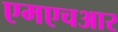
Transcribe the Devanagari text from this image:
एमएचआर